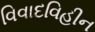
વિવાદવિહીન